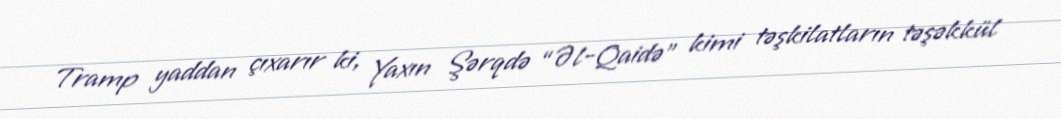
Tramp yaddan çıxarır ki, Yaxın Şərqdə “Əl-Qaidə” kimi təşkilatların təşəkkül